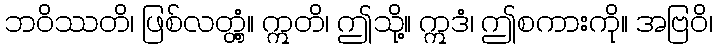
ဘဝိဿတိ၊ ဖြစ်လတ္တံ့။ ဣတိ၊ ဤသို့။ ဣဒံ၊ ဤစကားကို။ အဗြဝိ၊